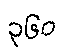
၃၆၀